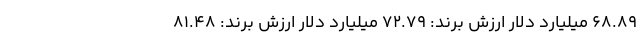
68.89 میلیارد دلار ارزش برند: 72.79 میلیارد دلار ارزش برند: 81.48